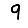
Digit: 9